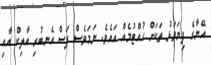
އޭނާގެ ފިޔަވަޅު ތަކަށް ހުއްޓުމެއް އައެވެ. ނަމަވެސް ފަސް އެނބުރި އާލިކް އާއި